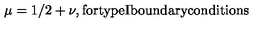
\mu = 1 / 2 + \nu , \mathrm { f o r t y p e I b o u n d a r y c o n d i t i o n s }